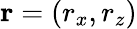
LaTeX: {\mathbf r}=(r_{x},r_{z})